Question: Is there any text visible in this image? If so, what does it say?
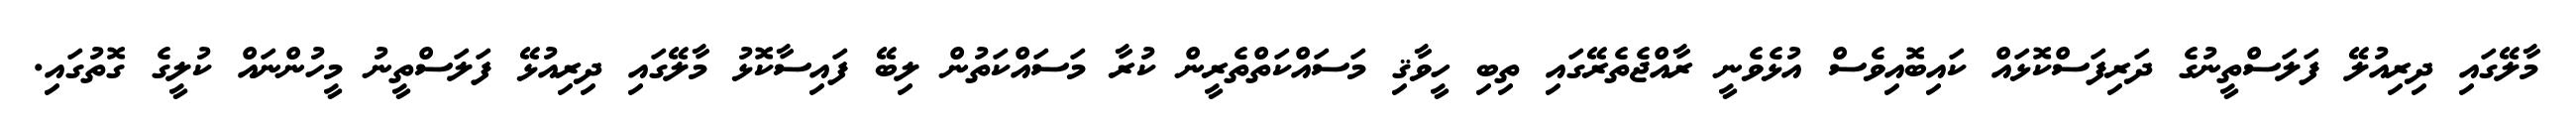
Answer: މާލޭގައި ދިރިއުލޭ ފަލަސްތީނުގެ ދަރިފަސްކޮޅައް ކައިބޮއިވެސް އުޅެވެނީ ރާއްޖެތެރޭގައި ތިބި ހީވާޤި މަސައްކަތްތެރީން ކުރާ މަސައްކަތުން ލިބޭ ފައިސާކޮޅު މާލޭގައި ދިރިއުޅޭ ފަލަސްތީނު މީހުންނައް ކުލީގެ ގޮތުގައި.